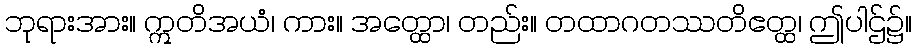
ဘုရားအား။ ဣတိအယံ၊ ကား။ အတ္ထော၊ တည်း။ တထာဂတဿတိဧတ္ထ၊ ဤပါဌ်၌။